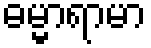
ဓမ္မာရာမာ